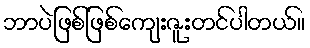
ဘာပဲဖြစ်ဖြစ်ကျေးဇူးတင်ပါတယ်။